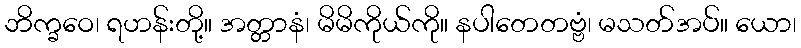
ဘိက္ခဝေ၊ ရဟန်းတို့။ အတ္တာနံ၊ မိမိကိုယ်ကို။ နပါတေတဗ္ဗံ၊ မသတ်အပ်။ ယော၊